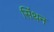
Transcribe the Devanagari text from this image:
सिंथन